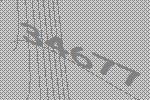
34677